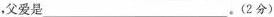
，父爱是___。(2分)